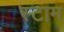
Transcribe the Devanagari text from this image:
स्टाम